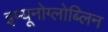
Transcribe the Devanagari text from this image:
इम्यूनोग्लोब्लिन